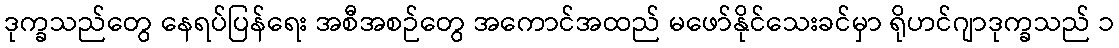
ဒုက္ခသည်တွေ နေရပ်ပြန်ရေး အစီအစဉ်တွေ အကောင်အထည် မဖော်နိုင်သေးခင်မှာ ရိုဟင်ဂျာဒုက္ခသည် ၁